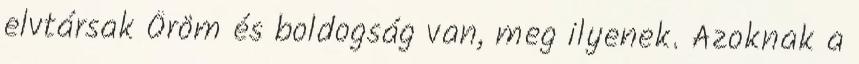
elvtársak Öröm és boldogság van, meg ilyenek. Azoknak a